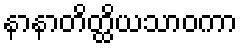
နာနာတိတ္ထိယသာဝကာ